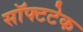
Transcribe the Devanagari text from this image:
सॉफ्टटेक